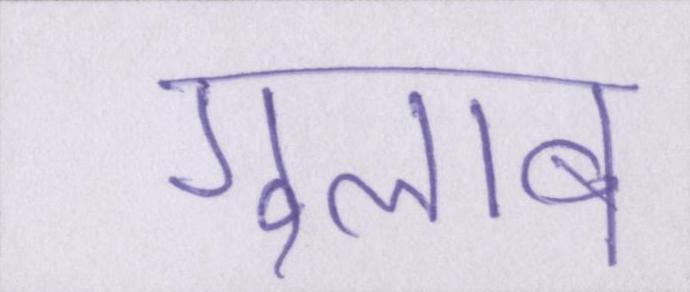
गुलाब